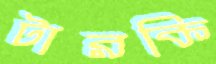
টারকি